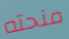
منحته